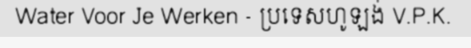
Water Voor Je Werken - ប្រទេសហូឡង់ V.P.K.